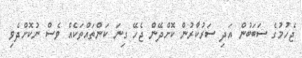
ޖެހުމުގެ ސަބަބުން އަދި ސަރުކާރުން ކޮށްދޭން ޖެހޭ ގިނަ ކަންތައްތަކެއް ވެސް ނުކޮށްދެވި